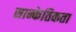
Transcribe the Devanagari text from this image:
सान्केतिकता